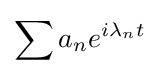
\sum a_{n}e^{i\lambda _{n}t}